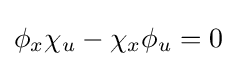
\phi _{x}\chi _{u}-\chi _{x}\phi _{u}=0